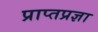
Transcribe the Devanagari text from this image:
प्राप्तप्रज्ञा